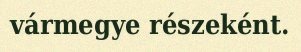
vármegye részeként.